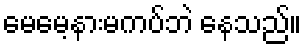
မေမေ့နားမကပ်ဘဲ နေသည်။